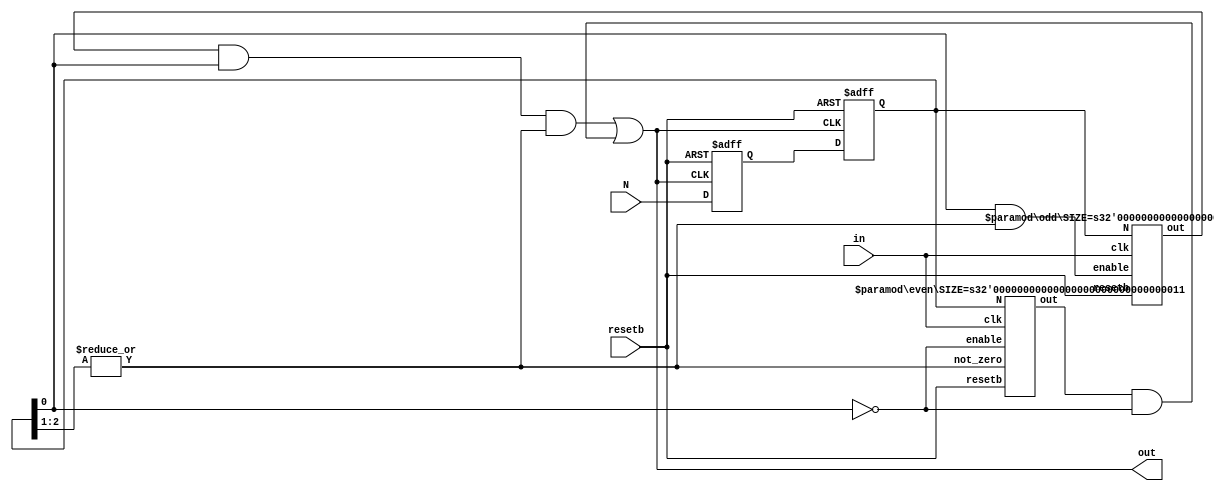
// SPDX-FileCopyrightText: 2020 Efabless Corporation
//
// Licensed under the Apache License, Version 2.0 (the "License");
// you may not use this file except in compliance with the License.
// You may obtain a copy of the License at
//
//      http://www.apache.org/licenses/LICENSE-2.0
//
// Unless required by applicable law or agreed to in writing, software
// distributed under the License is distributed on an "AS IS" BASIS,
// WITHOUT WARRANTIES OR CONDITIONS OF ANY KIND, either express or implied.
// See the License for the specific language governing permissions and
// limitations under the License.
// SPDX-License-Identifier: Apache-2.0

/* Integer-N clock divider */
`default_nettype none
 
module clock_div #(
    parameter SIZE = 3		// Number of bits for the divider value
) (
    in, out, N, resetb
);
    input in;			// input clock
    input [SIZE-1:0] N;		// the number to be divided by
    input resetb;		// asynchronous reset (sense negative)
    output out;			// divided output clock
 
    wire out_odd;		// output of odd divider
    wire out_even;		// output of even divider
    wire not_zero;		// signal to find divide by 0 case
    wire enable_even;		// enable of even divider
    wire enable_odd;		// enable of odd divider

    reg [SIZE-1:0] syncN;	// N synchronized to output clock
    reg [SIZE-1:0] syncNp;	// N synchronized to output clock
 
    assign not_zero = | syncN[SIZE-1:1];
 
    assign out = (out_odd & syncN[0] & not_zero) | (out_even & !syncN[0]);
    assign enable_odd = syncN[0] & not_zero;
    assign enable_even = !syncN[0];

    // Divider value synchronization (double-synchronized to avoid metastability)
    always @(posedge out or negedge resetb) begin
	if (resetb == 1'b0) begin
	    syncN <=  3'd4;	// Default divider value
	    syncNp <= 3'd4;	// Default divider value
	end else begin
	    syncNp <= N;
	    syncN <= syncNp;
	end
    end
 
    // Even divider
    even #(
	.SIZE(SIZE)
    ) even_0 (
	.clk(in),
	.out(out_even),
	.N(syncN),
	.resetb(resetb),
	.not_zero(not_zero),
	.enable(enable_even)
    );

    // Odd divider
    odd #(
	.SIZE(SIZE)
    ) odd_0 (
	.clk(in),
	.out(out_odd),
	.N(syncN),
	.resetb(resetb),
	.enable(enable_odd)
    );
 
endmodule // clock_div
 
/* Odd divider */

module odd #(
    parameter SIZE = 3
) (
    clk, out, N, resetb, enable
);
    input clk;			// slow clock
    output out;			// fast output clock
    input [SIZE-1:0] N;		// division factor
    input resetb;		// synchronous reset
    input enable;		// odd enable
 
    reg [SIZE-1:0] counter;	// these 2 counters are used
    reg [SIZE-1:0] counter2;	// to non-overlapping signals
    reg out_counter;		// positive edge triggered counter
    reg out_counter2;		// negative edge triggered counter
    reg rst_pulse;		// pulse generated when vector N changes
    reg [SIZE-1:0] old_N;	// gets set to old N when N is changed
    wire not_zero;		// if !not_zero, we devide by 1
 
    // xor to generate 50% duty, half-period waves of final output
    assign out = out_counter2 ^ out_counter;

    // positive edge counter/divider
    always @(posedge clk or negedge resetb) begin
	if (resetb == 1'b0) begin
	    counter <= 3'd4;
	    out_counter <= 1'b1;
	end else if (rst_pulse) begin
	    counter <= N;
	    out_counter <= 1'b1;
	end else if (enable) begin
	    if (counter == 1) begin
		counter <= N;
		out_counter <= ~out_counter;
	    end else begin
		counter <= counter - 1'b1;
	    end
	end
    end
 
    reg [SIZE-1:0] initial_begin;	// this is used to offset the negative edge counter
    wire [SIZE:0] interm_3;		// from the positive edge counter in order to
    assign interm_3 = {1'b0, N} + 2'b11;	// guarantee 50% duty cycle.

    localparam [SIZE:0] interm_init = {1'b0,3'd4} + 2'b11;

    // Counter driven by negative edge of clock.

    always @(negedge clk or negedge resetb) begin
	if (resetb == 1'b0) begin
	    // reset the counter at system reset
	    counter2 <= 3'd4;
	    initial_begin <= interm_init[SIZE:1];
	    out_counter2 <= 1;
	end else if (rst_pulse) begin
	    // reset the counter at change of N.
	    counter2 <= N;
	    initial_begin <= interm_3[SIZE:1];
	    out_counter2 <= 1;
	end else if ((initial_begin <= 1) && enable) begin

	    // Do normal logic after odd calibration.
	    // This is the same as the even counter.
	    if (counter2 == 1) begin
		counter2 <= N;
		out_counter2 <= ~out_counter2;
	    end else begin
		counter2 <= counter2 - 1'b1;
	    end
	end else if (enable) begin
	    initial_begin <= initial_begin - 1'b1;
	end
    end
 
    //
    // reset pulse generator:
    //               __    __    __    __    _
    // clk:       __/  \__/  \__/  \__/  \__/
    //            _ __________________________
    // N:         _X__________________________
    //               _____
    // rst_pulse: __/     \___________________
    //
    // This block generates an internal reset for the odd divider in the
    // form of a single pulse signal when the odd divider is enabled.

    always @(posedge clk or negedge resetb) begin
	if (resetb == 1'b0) begin
	    rst_pulse <= 0;
	end else if (enable) begin
	    if (N != old_N) begin
		// pulse when reset changes
		rst_pulse <= 1;
	    end else begin
		rst_pulse <= 0;
	    end
	end
    end
 
    always @(posedge clk) begin
	// always save the old N value to guarante reset from
	// an even-to-odd transition.
	old_N <= N;
    end	
 
endmodule // odd

/* Even divider */

module even #(
    parameter SIZE = 3
) (
    clk, out, N, resetb, not_zero, enable
);
    input clk;		// fast input clock
    output out;		// slower divided clock
    input [SIZE-1:0] N;	// divide by factor 'N'
    input resetb;	// asynchronous reset
    input not_zero;	// if !not_zero divide by 1
    input enable;	// enable the even divider
 
    reg [SIZE-1:0] counter;
    reg out_counter;
    wire [SIZE-1:0] div_2;
 
    // if N=0 just output the clock, otherwise, divide it.
    assign out = (clk & !not_zero) | (out_counter & not_zero);
    assign div_2 = {1'b0, N[SIZE-1:1]};
 
    // simple flip-flop even divider
    always @(posedge clk or negedge resetb) begin
	if (resetb == 1'b0) begin
	    counter <= 1;
	    out_counter <= 1;

	end else if (enable) begin
	    // only use switching power if enabled
	    if (counter == 1) begin
		// divide after counter has reached bottom
		// of interval 'N' which will be value '1'
		counter <= div_2;
		out_counter <= ~out_counter;
	    end else begin
		// decrement the counter and wait
		counter <= counter-1;	// to start next transition.
	    end
	end
    end
 
endmodule //even
`default_nettype wire